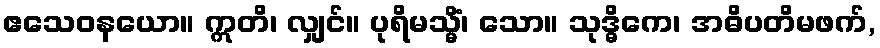
ဧသေဝနယော။ ဣတိ၊ လျှင်။ ပုရိမသ္မိံ၊ သော။ သုဒ္ဓိကေ၊ အဓိပတိမဖက်,